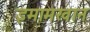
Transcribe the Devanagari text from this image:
इमामखान